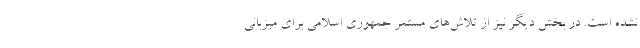
نشده است. در بخش دیگر نیز از تلاش‌های مستمر جمهوری اسلامی برای میزبانی